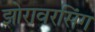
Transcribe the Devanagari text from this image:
झोरावरसिंग